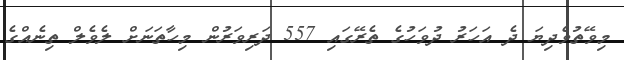
މިވޭތުވެދިޔަ ދެ އަހަރު ދުވަހުގެ ތެރޭގައި 557 ދަރިވަރުން މިހާތަނަށް ލެވެލް ތިނެއްގެ